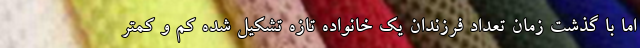
اما با گذشت زمان تعداد فرزندان یک خانواده تازه تشکیل شده کم و کمتر